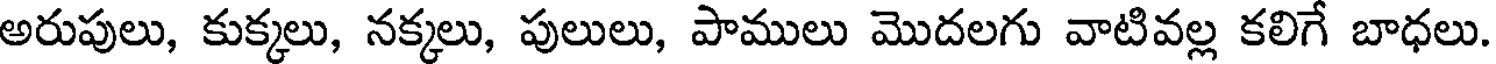
అరుపులు, కుక్కలు, నక్కలు, పులులు, పాములు మొదలగు వాటివల్ల కలిగే బాధలు.